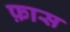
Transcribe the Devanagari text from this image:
फ़ास